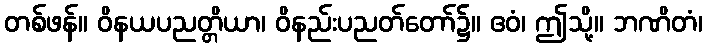
တစ်ဖန်။ ဝိနယပညတ္တိယာ၊ ဝိနည်းပညတ်တော်၌။ ဧဝံ၊ ဤသို့။ ဘဏိတံ၊